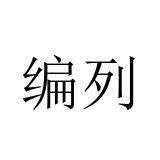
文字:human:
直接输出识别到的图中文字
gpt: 编列